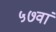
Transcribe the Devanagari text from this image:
५७वां